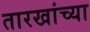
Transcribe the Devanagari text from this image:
तारखांच्या